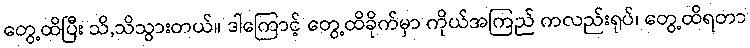
တွေ့ထိပြီး သိ,သိသွားတယ်။ ဒါကြောင့် တွေ့ထိခိုက်မှာ ကိုယ်အကြည် ကလည်းရုပ်၊ တွေ့ထိရတာ